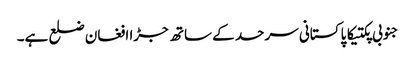
جنوبی پکتیکا پاکستانی سرحد کے ساتھ جڑا افغان ضلع ہے۔